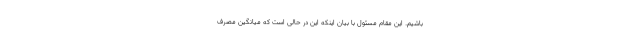
باشیم. این مقام مسئول با بیان اینکه این در حالی است که میانگین مصرف